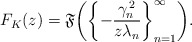
\begin{align*}F_{K}(z)=\mathfrak{F}\!\left(\left\{ -\frac{\gamma_{n}^{\,2}}{z\lambda_{n}}\right\} _{n=1}^{\infty}\right)\!.\end{align*}